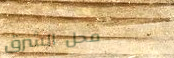
محل الشرق